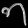
Digit: ၈